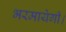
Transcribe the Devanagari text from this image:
भरमायेगी।